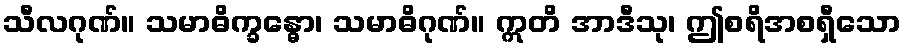
သီလဂုဏ်။ သမာဓိက္ခန္ဓော၊ သမာဓိဂုဏ်။ ဣတိ အာဒီသု၊ ဤစရိအစရှီသော